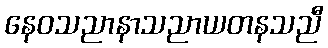
နေဝသညာနာသညာယတနသညီ